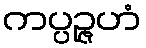
ကပ္ပဉ္ဇဟံ